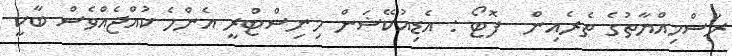
ރަސްމިއްޔާތުގެ ތެރެއިން  ފޮޓޯ : އެޑިއުކޭޝަން މިނިސްޓްރީ އެންމެ ކުއްޖެއްވެސް ބާކީ